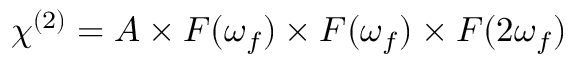
\chi ^ { ( 2 ) } = A \times F ( \omega _ { f } ) \times F ( \omega _ { f } ) \times F ( 2 \omega _ { f } )